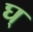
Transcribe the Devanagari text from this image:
घ्‌